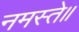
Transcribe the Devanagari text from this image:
नमस्ते॥